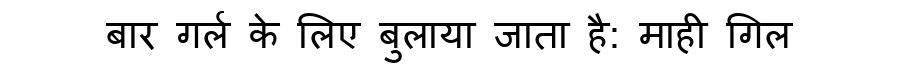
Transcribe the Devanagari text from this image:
बार गर्ल के लिए बुलाया जाता है: माही गिल